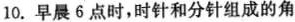
10.早晨6点时，时针和分针组成的角